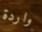
واردة